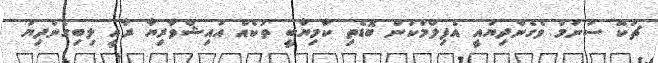
ޗުކޭ ސަނަމް ވެގެންދިޔައީ އެފިލްމަކުން ބޮޑެތި ކާމިޔާބީ ތަކެއް އައިޝްވާރިޔާ ރާއީ ލިބިގެންދިޔަ